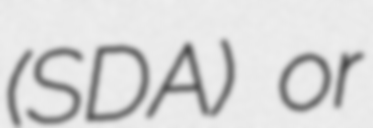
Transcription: (SDA) or